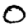
Digit: 0